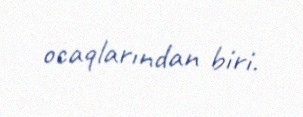
ocaqlarından biri.